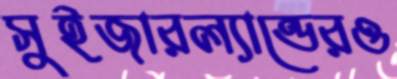
সুইজারল্যান্ডেরও